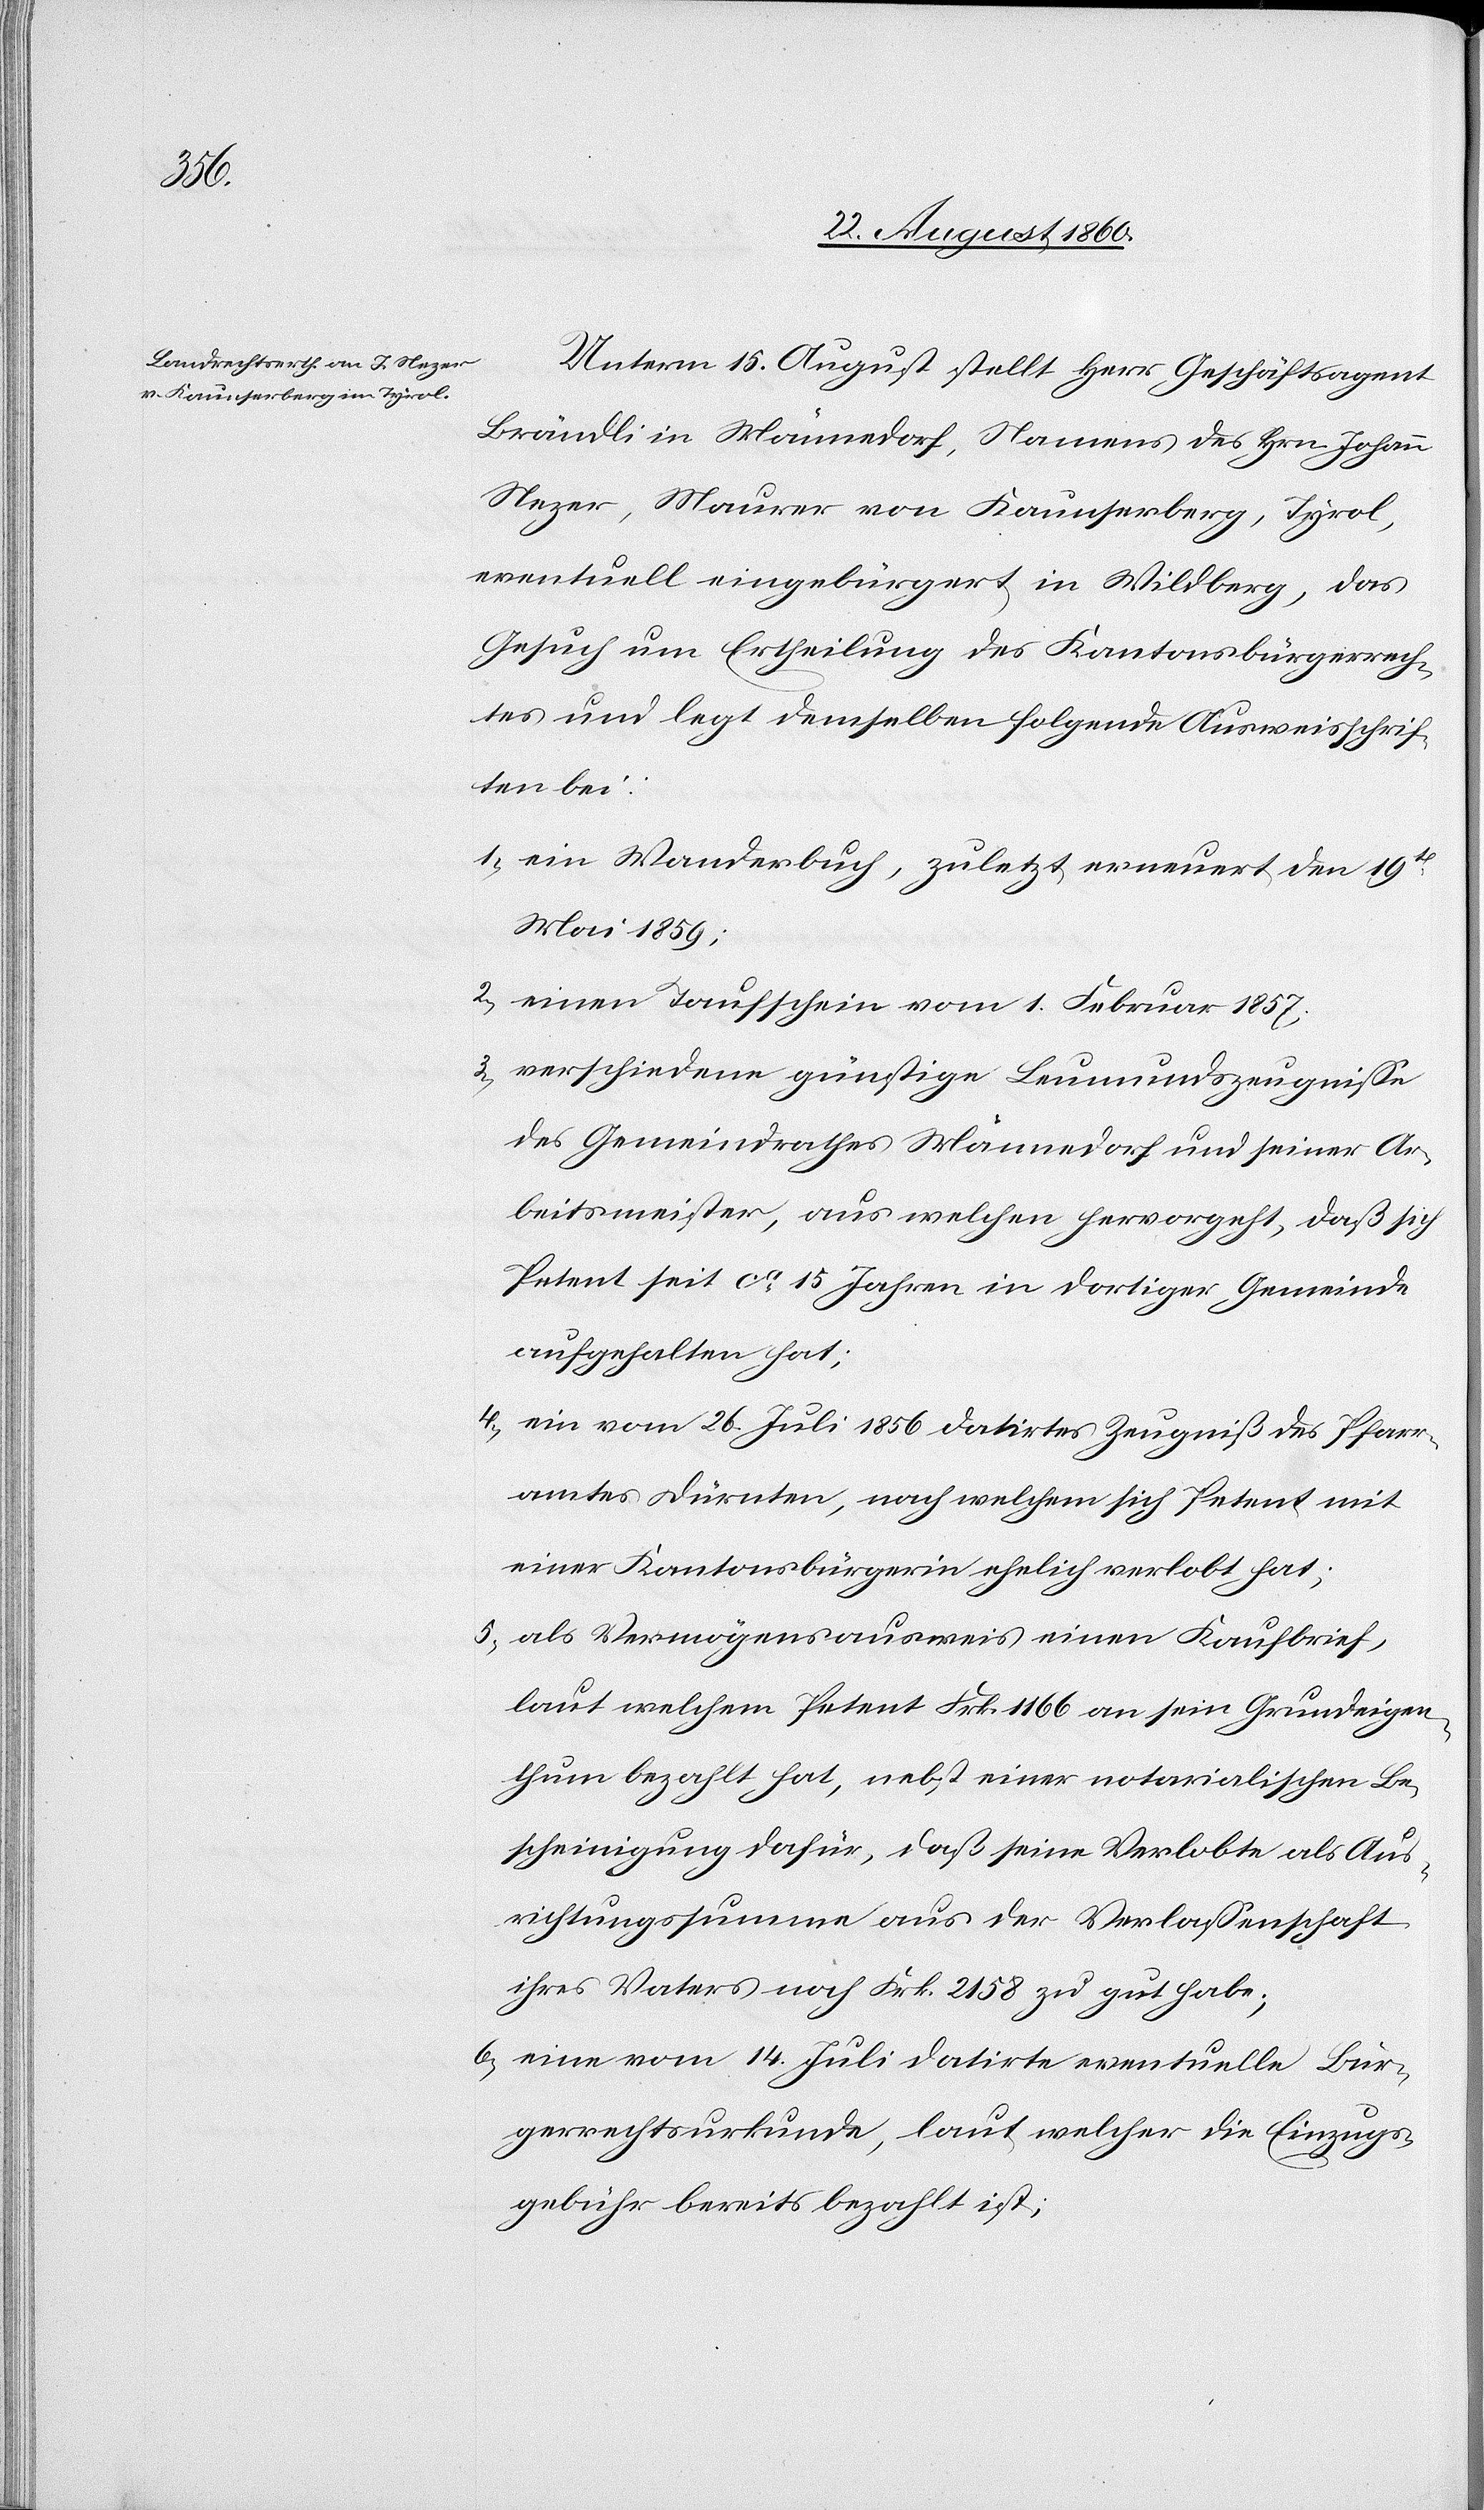
Unterm 15. August stellt Herr Geschäftsagent
Brändli in Männedorf, Namens des Hrn. Johann
Nezer, Maurer von Kaunserberg, Tyrol,
eventuell eingebürgert in Wildberg, das
Gesuch um Ertheilung des Kantonsbürgerrech¬
tes und legt demselben folgende Ausweisschrif¬
ten bei:
1) ein Wanderbuch, zuletzt erneuert den 19.
Mai 1859;
2) einen Taufschein vom 1. Februar 1857;
3) verschiedene günstige Lemundszeugnisse
des Gemeindrathes Männedorf u. seinen Ar¬
beitsmeistern, aus welchen hervorgeht, dass sich
Petent seit ca 15 Jahren in dortiger Gemeinde
aufgehalten hat.
4) ein vom 26. Juli 1856 datirtes Zeugniss des Pfarr¬
amtes Dürnten, nach welchem sich Petent mit
einer Kantonsbürgerin ehelich verlobt hat;
5) als Vermögensausweis einen Kaufbrief,
laut welchem Petent fcs. 1166 an sein Grundeigen¬
thum bezahlt hat, nebst einer notarialischen Be¬
scheinigung dafür, dass seine Verlobte als Aus¬
richtungssumme aus der Verlassenschaft
ihres Vaters noch fcs. 2153 zu gut habe.
6) eine vom 14. Juli datirte eventuelle Bür¬
gerrechtsurkunde, laut welcher die Einzugs-